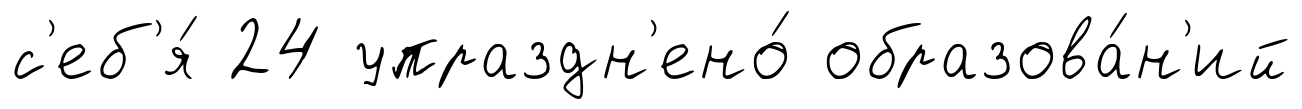
с'еб'я́ 24 упраздн'ено́ образова́н'ий